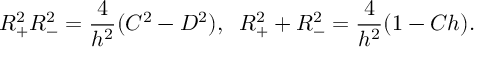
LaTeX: R _ { + } ^ { 2 } R _ { - } ^ { 2 } = \frac { 4 } { h ^ { 2 } } ( C ^ { 2 } - D ^ { 2 } ) , \; \; R _ { + } ^ { 2 } + R _ { - } ^ { 2 } = \frac { 4 } { h ^ { 2 } } ( 1 - C h ) .